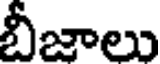
బీజాలు